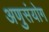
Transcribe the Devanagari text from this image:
अणुसंयोग